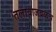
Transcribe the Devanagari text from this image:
तलावाजवळच